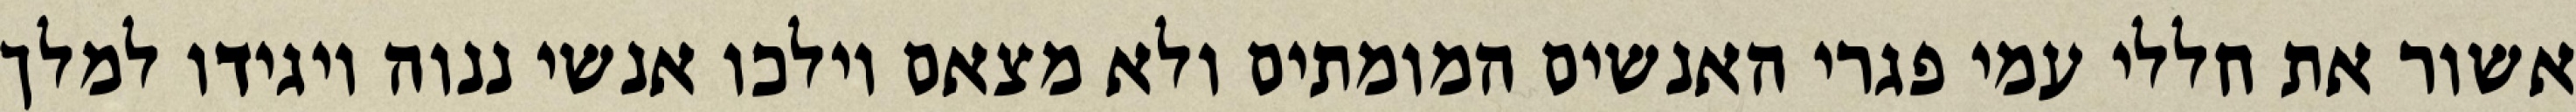
אשור את חללי עמי פגרי האנשים המומתים ולא מצאם וילכו אנשי ננוה ויגידו למלך